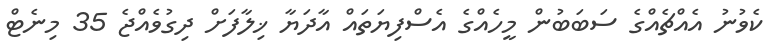
ކެވުނު އެއްޗެއްގެ ސަބަބުން މީހެއްގެ އެސްފިޔަތައް އާދަޔާ ޚިލާފަށް ދިގުވެއްޖެ 35 މިނެޓް